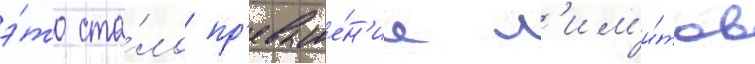
э́то ста́ло пр'евыше́н'ие л'им'и́тов